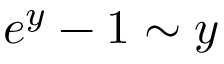
e ^ { y } - 1 \sim y